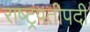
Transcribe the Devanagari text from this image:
राष्ट्रपतीपदी